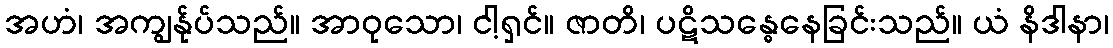
အဟံ၊ အကျွန်ုပ်သည်။ အာဝုသော၊ ငါ့ရှင်။ ဇာတိ၊ ပဋိသန္ဓေနေခြင်းသည်။ ယံ နိဒါနာ၊